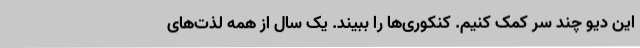
این دیو چند سر کمک کنیم. کنکوری‌ها را ببیند. یک سال از همه لذت‌های